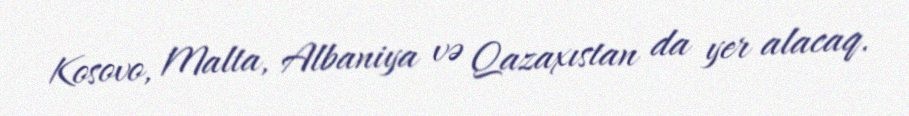
Kosovo, Malta, Albaniya və Qazaxıstan da yer alacaq.